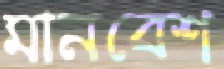
মানবেশ